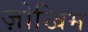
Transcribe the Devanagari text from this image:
ज़ोखिम